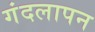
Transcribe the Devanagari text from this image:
गंदलापन